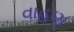
વાહણ